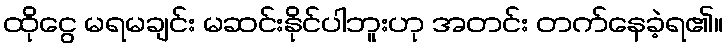
ထိုငွေ မရမချင်း မဆင်းနိုင်ပါဘူးဟု အတင်း တက်နေခဲ့ရ၏။